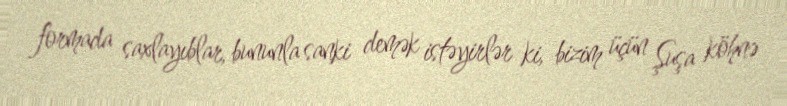
formada saxlayıblar, bununla sanki demək istəyirlər ki, bizim üçün Şuşa köhnə